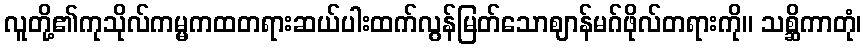
လူတို့၏ကုသိုလ်ကမ္မကထတရားဆယ်ပါးထက်လွန်မြတ်သောဈာန်မဂ်ဖိုလ်တရားကို။ သစ္ဆိကာတုံ၊